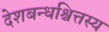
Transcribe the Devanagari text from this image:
देशबन्धश्चित्तस्य